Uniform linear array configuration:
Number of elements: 48
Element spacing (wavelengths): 0.25
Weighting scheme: cosine
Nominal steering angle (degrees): -60
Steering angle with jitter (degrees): -61.51
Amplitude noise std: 0.05
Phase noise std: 0.05

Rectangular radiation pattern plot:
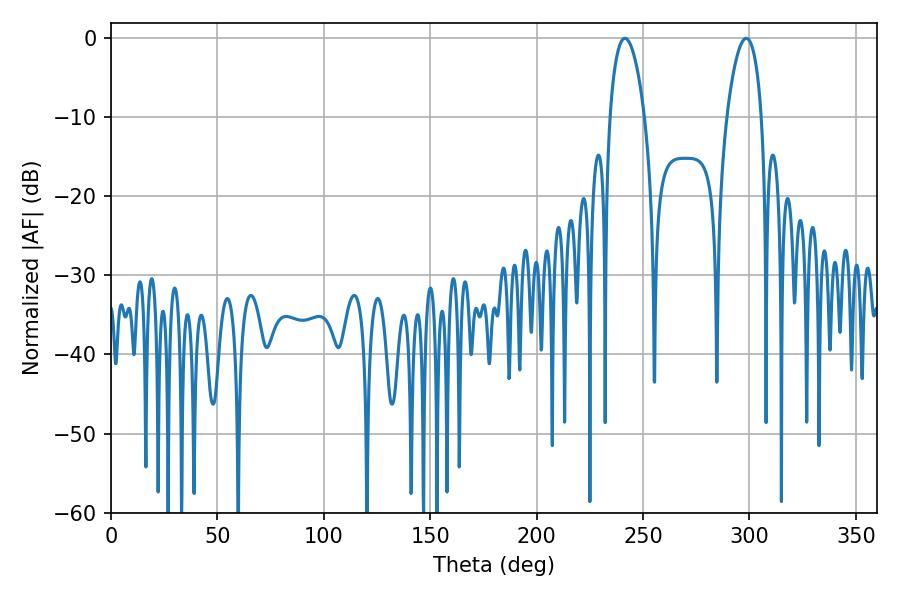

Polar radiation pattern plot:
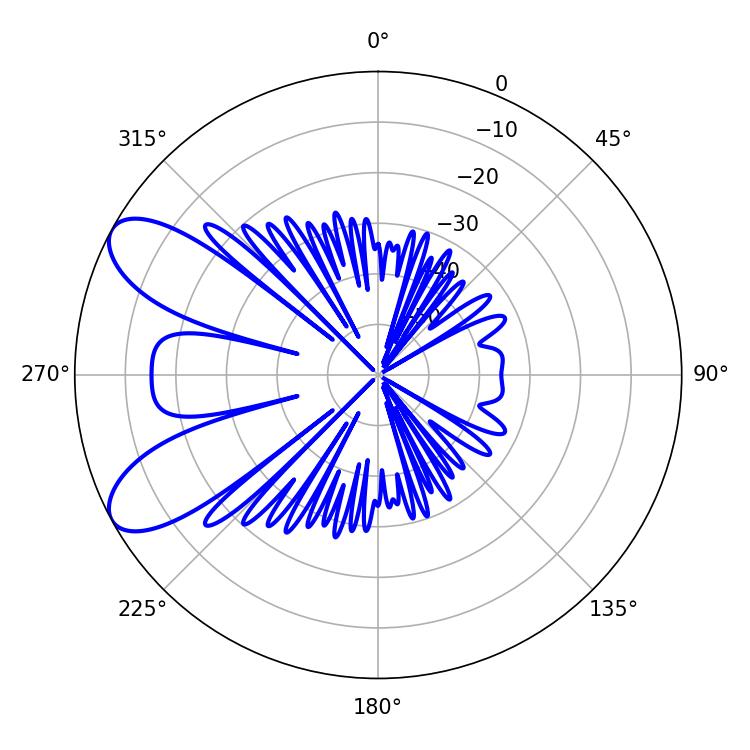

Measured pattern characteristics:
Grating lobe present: FALSE
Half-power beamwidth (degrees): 9.18
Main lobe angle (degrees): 241.56